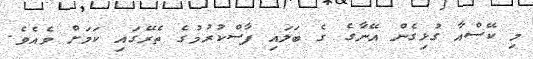
މި ކޭސްއާ ގުޅިގެން އޭނާގެ ގެ ބަލައި ފާސްކުރުމުގެ ތެރޭގައި ކަމަށް ވެއެވެ.